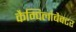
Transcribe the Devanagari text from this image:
कैम्पिलोबैक्टर